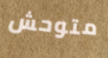
متوحش